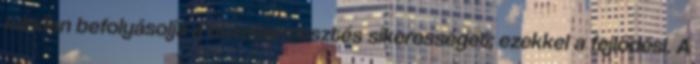
minden befolyásolja a búzatermesztés sikerességét; ezekkel a fejlődési. A